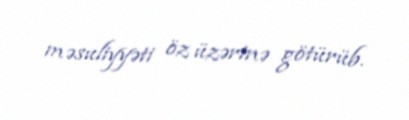
məsuliyyəti öz üzərinə götürüb.